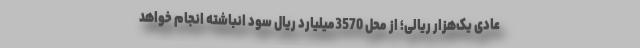
عادی یک‌هزار ریالی؛ از محل 3570میلیارد ریال سود انباشته انجام خواهد